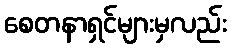
စေတနာရှင်များမှလည်း